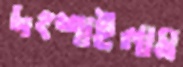
দংশাইলাম